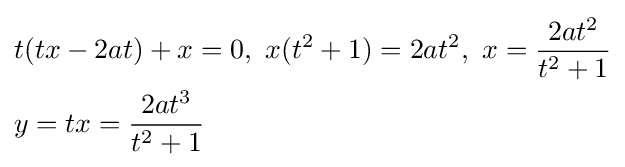
{\begin{aligned}&t(tx-2at)+x=0,\ x(t^{2}+1)=2at^{2},\ x={\frac {2at^{2}}{t^{2}+1}}\\&y=tx={\frac {2at^{3}}{t^{2}+1}}\end{aligned}}